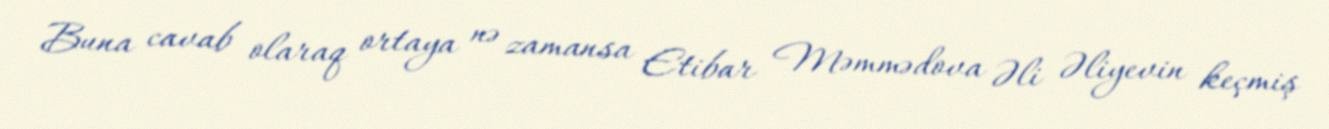
Buna cavab olaraq ortaya nə zamansa Etibar Məmmədova Əli Əliyevin keçmiş